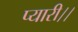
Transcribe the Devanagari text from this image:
प्यारी।।